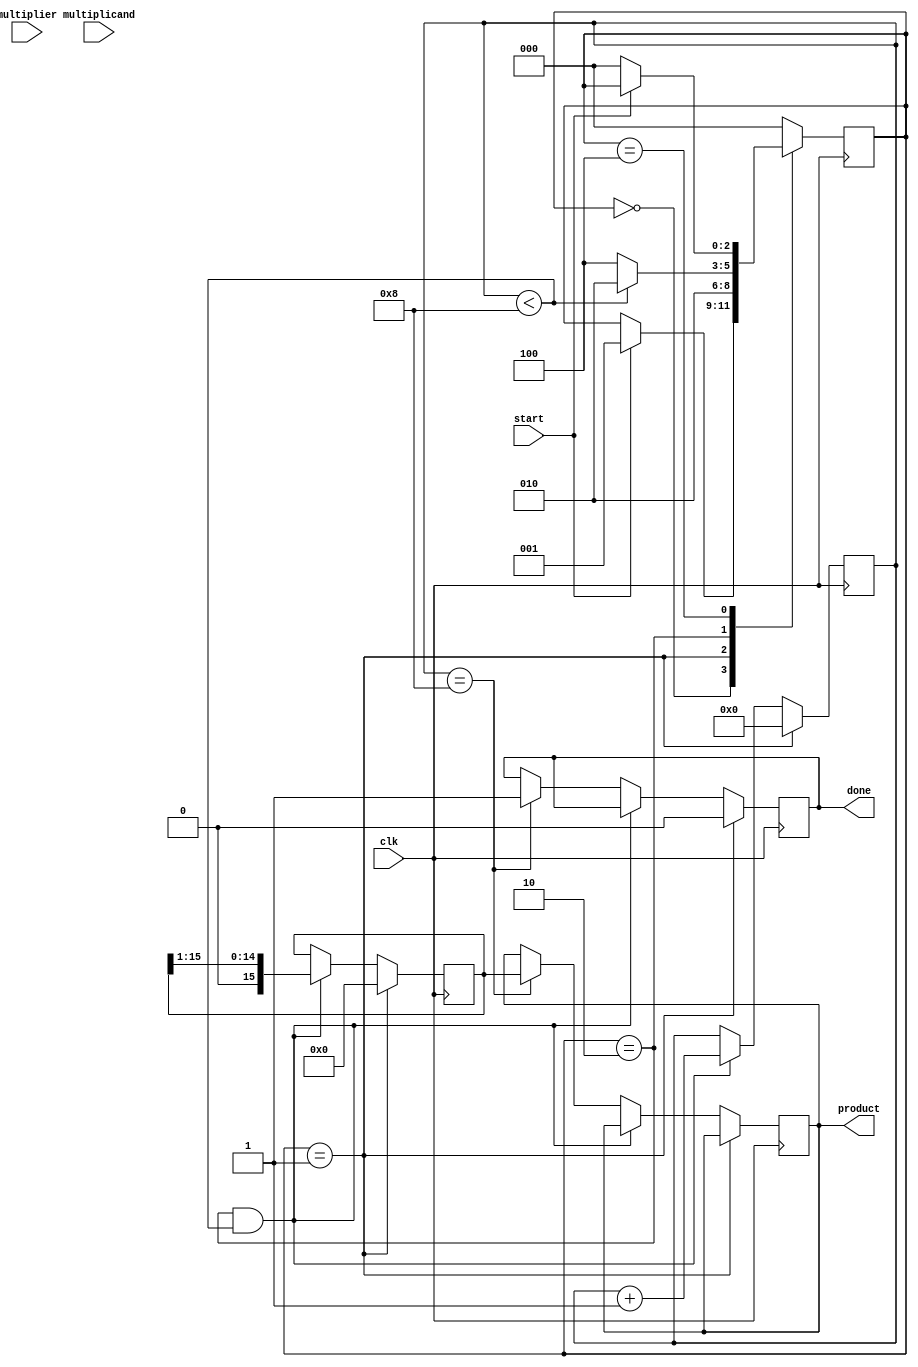
module radix4_multiplier (
    input wire [7:0] multiplicand,    // 8-bit multiplicand
    input wire [7:0] multiplier,       // 8-bit multiplier
    input wire clk,                    // Clock signal
    input wire start,                  // Start signal for multiplication
    output reg [15:0] product,         // 16-bit product
    output reg done                    // Done signal
);

    reg [7:0] A, Q;                   // Multiplicand and multiplier registers
    reg [8:0] Q_1;                    // Previous bit of multiplier for Booth encoding
    reg [15:0] P;                     // Partial product accumulator
    reg [3:0] count;                  // Count for iterations
    reg [1:0] control;                // Control signal for Booth encoding

    // State Machine for multiplication
    reg [2:0] state;
    parameter IDLE = 3'b000,
              INIT = 3'b001,
              ENCODE = 3'b010,
              ADD_PARTIAL = 3'b011,
              DONE = 3'b100;
              
    // Booth encoding
    always @(*) begin
        case ({Q[1:0], Q_1})
            3'b000: control = 2'b00; // 0 -> no addition
            3'b001: control = 2'b01; // +1
            3'b010: control = 2'b01; // +1
            3'b011: control = 2'b10; // +2
            3'b100: control = 2'b10; // +2
            3'b101: control = 2'b11; // -1
            3'b110: control = 2'b11; // -1
            3'b111: control = 2'b00; // 0 -> no addition
            default: control = 2'b00; // Default case
        endcase
    end

    // Partial product generator and accumulation
    always @(posedge clk) begin
        if (state == INIT) begin
            P <= 16'b0;
            count <= 4'b0;
            Q_1 <= 1'b0; // Initialize Q_1
            done <= 1'b0;
        end else if (state == ENCODE && count < 8) begin
            case (control)
                2'b01: P <= P + {8'b0, A}; // Add multiplicand
                2'b10: P <= P + {7'b0, A, 1'b0}; // Add multiplicand shifted left
                2'b11: P <= P - {8'b0, A}; // Subtract multiplicand
                default: P <= P; // No operation
            endcase
            // Shift operations
            {Q, Q_1} <= {Q[7:1], 1'b0}; // Shift Q left
            P <= P >> 1; // Right shift partial product
            count <= count + 1; // Increment count
        end else if (count == 8) begin
            product <= P; // Store final product
            done <= 1'b1; // Set done signal
        end
    end

    // State transition
    always @(posedge clk) begin
        case (state)
            IDLE: if (start) state <= INIT;
            INIT: state <= ENCODE;
            ENCODE: if (count < 8) state <= ENCODE; else state <= DONE;
            DONE: if (!start) state <= IDLE; // Return to idle
            default: state <= IDLE; // Safety default
        endcase
    end

    // Loading Registers
    always @(posedge clk) begin
        if (state == INIT) begin
            A <= multiplicand; // Load multiplicand
            Q <= multiplier; // Load multiplier
            Q_1 <= 1'b0; // Initialize Q_1
        end
    end

endmodule